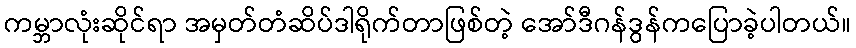
ကမ္ဘာလုံးဆိုင်ရာ အမှတ်တံဆိပ်ဒါရိုက်တာဖြစ်တဲ့ အော်ဒီဂန်ဒွန်ကပြောခဲ့ပါတယ်။